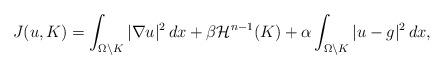
LaTeX: \begin{align*}J(u,K) = \int_{\Omega\setminus K} |\nabla u|^2 \, dx + \beta \mathcal{H}^{n-1}(K) + \alpha \int_{\Omega\setminus K} |u-g|^2 \, dx,\end{align*}